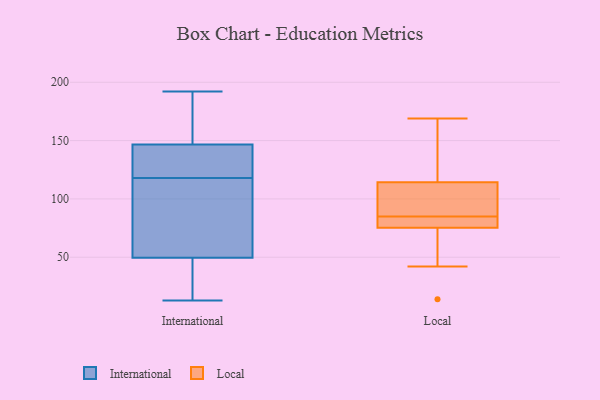
{"axis": {"x": "LTV (USD)", "y": "Value"}, "legend": ["International", "Local"], "data": [{"x": "", "y": 46, "type": "International"}, {"x": "", "y": 69, "type": "International"}, {"x": "", "y": 192, "type": "International"}, {"x": "", "y": 157, "type": "International"}, {"x": "", "y": 60, "type": "International"}, {"x": "", "y": 118, "type": "International"}, {"x": "", "y": 13, "type": "International"}, {"x": "", "y": 124, "type": "International"}, {"x": "", "y": 30, "type": "International"}, {"x": "", "y": 128, "type": "International"}, {"x": "", "y": 153, "type": "International"}, {"x": "", "y": 79, "type": "Local"}, {"x": "", "y": 42, "type": "Local"}, {"x": "", "y": 14, "type": "Local"}, {"x": "", "y": 115, "type": "Local"}, {"x": "", "y": 104, "type": "Local"}, {"x": "", "y": 85, "type": "Local"}, {"x": "", "y": 81, "type": "Local"}, {"x": "", "y": 169, "type": "Local"}, {"x": "", "y": 159, "type": "Local"}, {"x": "", "y": 74, "type": "Local"}, {"x": "", "y": 112, "type": "Local"}]}